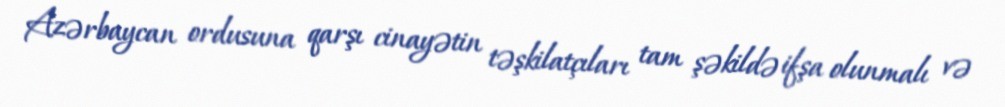
Azərbaycan ordusuna qarşı cinayətin təşkilatçıları tam şəkildə ifşa olunmalı və